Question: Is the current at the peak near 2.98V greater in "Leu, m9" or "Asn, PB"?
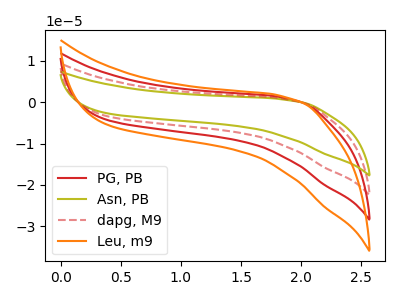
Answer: <think>The red curve "PG, PB" has no peaks. The olive curve "Asn, PB" has no peaks. The red dashed curve "dapg, M9" has no peaks. The orange curve "Leu, m9" has no peaks.</think>
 <answer>"Leu, m9" and "Asn, PB" dont share a peak at 2.98V.</answer>
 <eval>mismatch</eval>